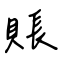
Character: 賬